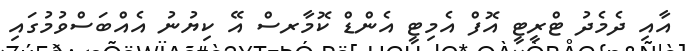
އާއި ދެމެދު ޓްރީޓީ އޮފް އެމިޓީ އެންޑް ކޮމާރސް އޭ ކިޔުނު އެއްބަސްވުމުގައި